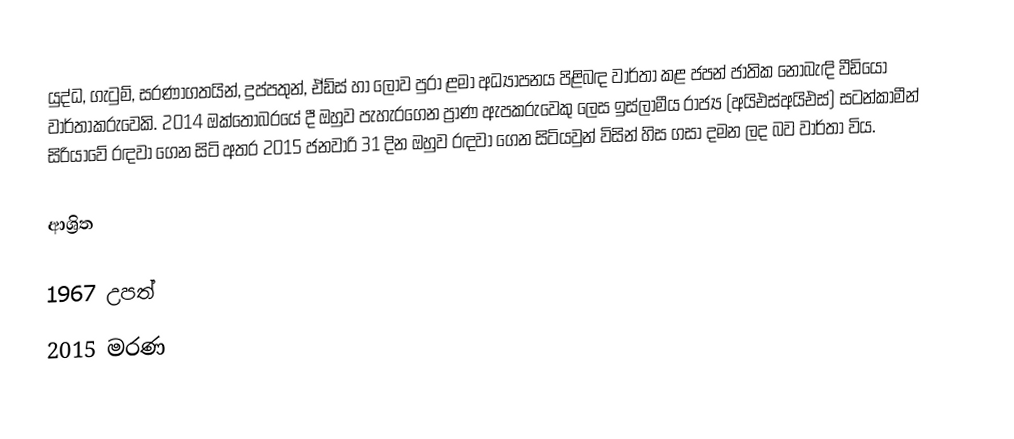
යුද්ධ, ගැටුම්, සරණාගතයින්, දුප්පතුන්, ඒඩ්ස් හා ලොව පුරා ළමා අධ්‍යාපනය පිළිබඳ වාර්තා කළ ජපන් ජාතික නොබැඳි වීඩියෝ වාර්තාකරුවෙකි. 2014 ඔක්තෝබරයේ දී ඔහුව පැහැරගෙන ප්‍රාණ ඇපකරුවෙකු ලෙස ඉස්ලාමීය රාජ්‍ය (අයිඑස්අයිඑස්) සටන්කාමීන් සිරියාවේ රඳවා ගෙන සිටි අතර 2015 ජනවාරි 31 දින ඔහුව රඳවා ගෙන සිටියවුන් විසින් හිස ගසා දමන ලද බව වාර්තා විය.

ආශ්‍රිත

1967 උපත්
2015 මරණ